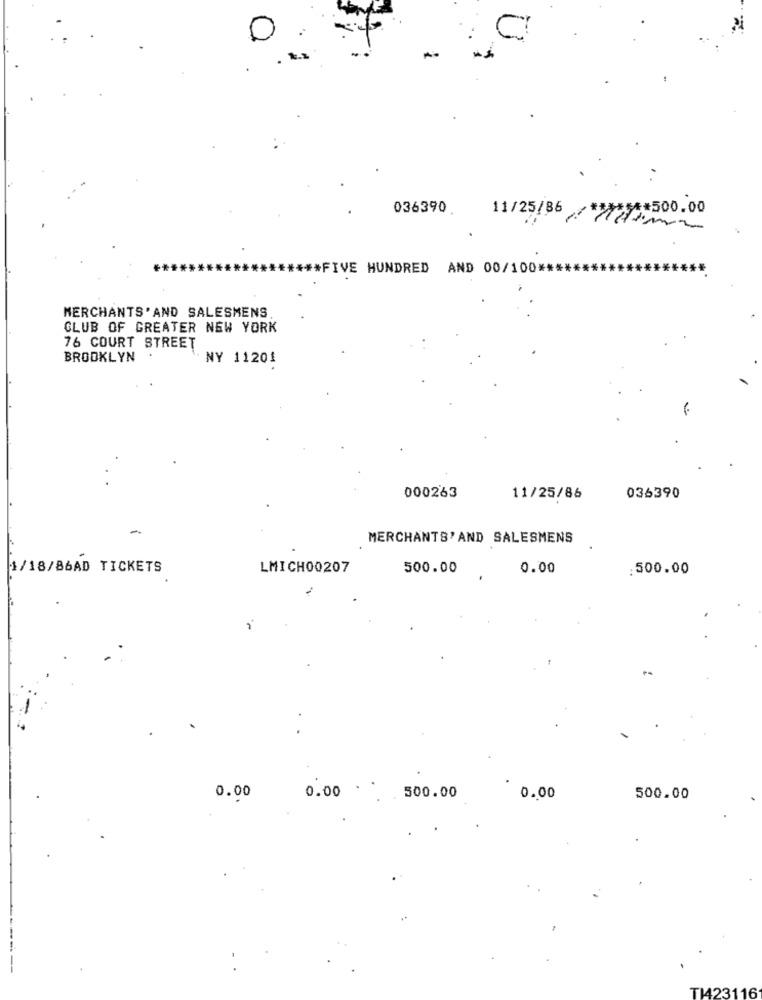
C
036390
**** 500.00
11/25/86/8/
FIVE HUNDRED AND 00/100 ***
MERCHANTS' AND SALESMENS
CLUB OF GREATER NEW YORK
76 COURT STREET
BROOKLYN .
NY 11201
000263
11/25/86
036390
MERCHANTS' AND SALESMENS
1/18/86AD TICKETS
LMICH00207
500.00
0.00
:500.00
0.00
. .
0.00
500.00
0.00
500.00
TI423116